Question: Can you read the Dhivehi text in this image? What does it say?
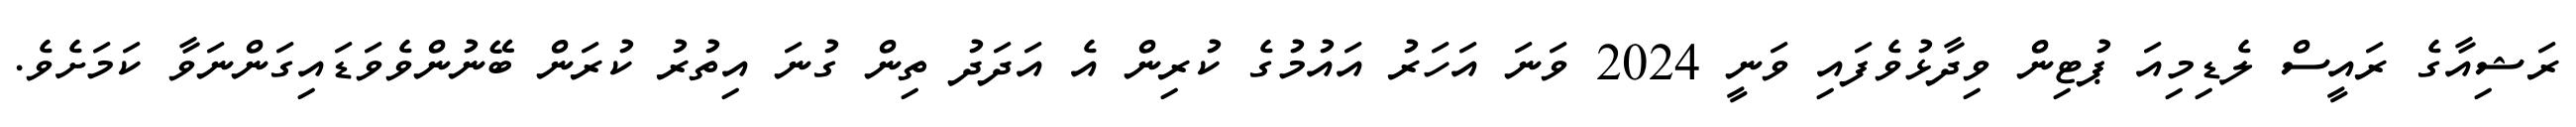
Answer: ރަޝިއާގެ ރައީސް ލެޑިމިއަ ޕުޓިން ވިދާޅުވެފައި ވަނީ 2024 ވަނަ އަހަރު އައުމުގެ ކުރިން އެ އަދަދު ތިން ގުނަ އިތުރު ކުރަން ބޭނުންވެވަޑައިގަންނަވާ ކަމަށެވެ.